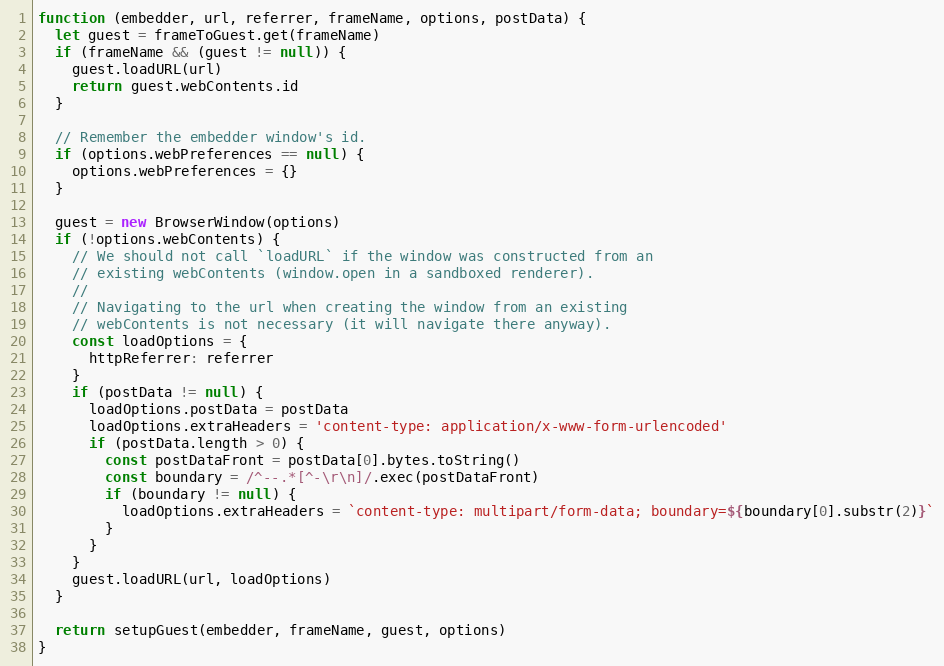
Language: JavaScript
function (embedder, url, referrer, frameName, options, postData) {
  let guest = frameToGuest.get(frameName)
  if (frameName && (guest != null)) {
    guest.loadURL(url)
    return guest.webContents.id
  }

  // Remember the embedder window's id.
  if (options.webPreferences == null) {
    options.webPreferences = {}
  }

  guest = new BrowserWindow(options)
  if (!options.webContents) {
    // We should not call `loadURL` if the window was constructed from an
    // existing webContents (window.open in a sandboxed renderer).
    //
    // Navigating to the url when creating the window from an existing
    // webContents is not necessary (it will navigate there anyway).
    const loadOptions = {
      httpReferrer: referrer
    }
    if (postData != null) {
      loadOptions.postData = postData
      loadOptions.extraHeaders = 'content-type: application/x-www-form-urlencoded'
      if (postData.length > 0) {
        const postDataFront = postData[0].bytes.toString()
        const boundary = /^--.*[^-\r\n]/.exec(postDataFront)
        if (boundary != null) {
          loadOptions.extraHeaders = `content-type: multipart/form-data; boundary=${boundary[0].substr(2)}`
        }
      }
    }
    guest.loadURL(url, loadOptions)
  }

  return setupGuest(embedder, frameName, guest, options)
}